画像に写った文字を読んでください
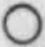
「○」と書いてあります